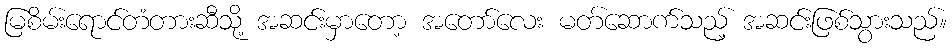
မြစိမ်းရောင်တံတားဆီသို့ အဆင်းမှာတော့ အတော်လေး မတ်ဆောက်သည့် အဆင်းဖြစ်သွားသည်။